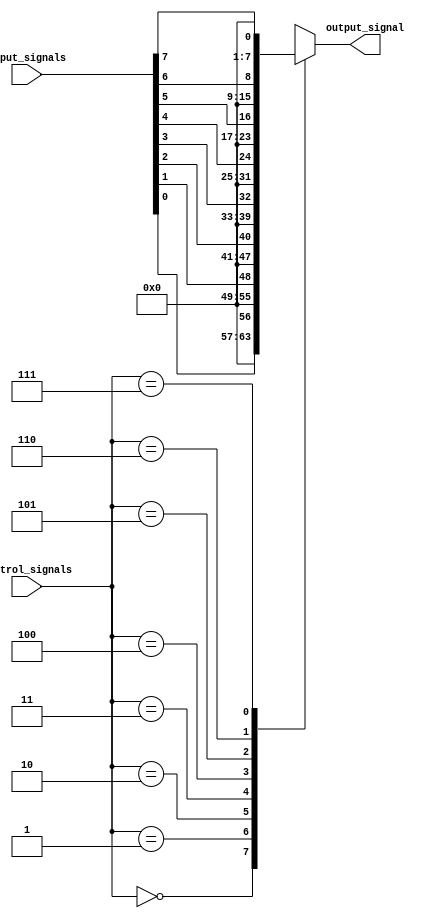
module mux_demux_buffer (
    input [7:0] input_signals,
    output reg [7:0] output_signal,
    input [2:0] control_signals
);

always @ (control_signals) begin
    case (control_signals)
        3'b000: output_signal <= input_signals[0];
        3'b001: output_signal <= input_signals[1];
        3'b010: output_signal <= input_signals[2];
        3'b011: output_signal <= input_signals[3];
        3'b100: output_signal <= input_signals[4];
        3'b101: output_signal <= input_signals[5];
        3'b110: output_signal <= input_signals[6];
        3'b111: output_signal <= input_signals[7];
        default: output_signal <= 8'b00000000;
    endcase
end

endmodule